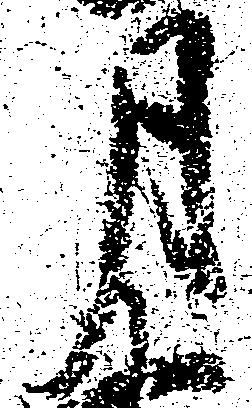
月